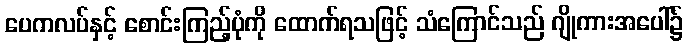
ပေကလပ်နှင့် စောင်းကြည့်ပုံကို ထောက်ရသဖြင့် သံကြောင်သည် ဂျိုကားအပေါ်၌